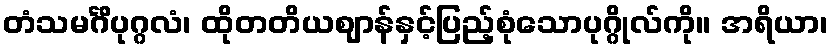
တံသမင်္ဂိပုဂ္ဂလံ၊ ထိုတတိယဈာန်နှင့်ပြည့်စုံသောပုဂ္ဂိုလ်ကို။ အရိယာ၊